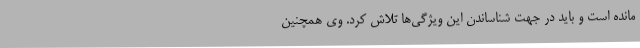
مانده است و باید در جهت شناساندن این ویژگی‌ها تلاش کرد. وی همچنین